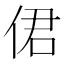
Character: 侰